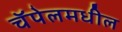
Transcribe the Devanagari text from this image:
चॅपेलमधील